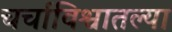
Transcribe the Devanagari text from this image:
चर्चाविश्वातल्या